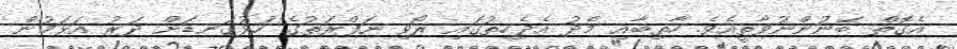
އެގޮތް ބޭނުންނުވާތީއެވެ. ހާތިބާއި މެދު އެދެހިތުގައި ރޯވި ނަފްރަތުގެ ހުޅުގަނޑަށް ދަރު އަޅަމުން